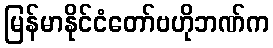
မြန်မာနိုင်ငံတော်ဗဟိုဘဏ်က